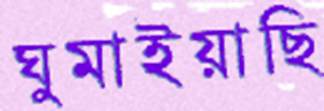
ঘুমাইয়াছি